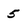
Character: 5